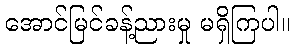
အောင်မြင်ခန့်ညားမှု မရှိကြပါ။